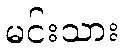
မင်းသား